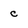
Character: c